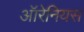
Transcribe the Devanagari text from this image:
ऑरेनियस